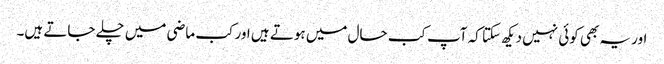
اور یہ بھی کوئی نہیں دیکھ سکتا کہ آپ کب حال میں ہوتے ہیں اور کب ماضی میں چلے جاتے ہیں۔